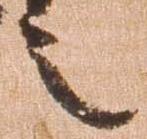
之